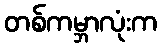
တစ်ကမ္ဘာလုံးက